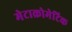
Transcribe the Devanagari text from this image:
मेटाक्रोमेटिक